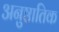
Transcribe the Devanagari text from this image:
अनुष्ठातिक